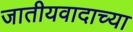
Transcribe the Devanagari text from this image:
जातीयवादाच्या